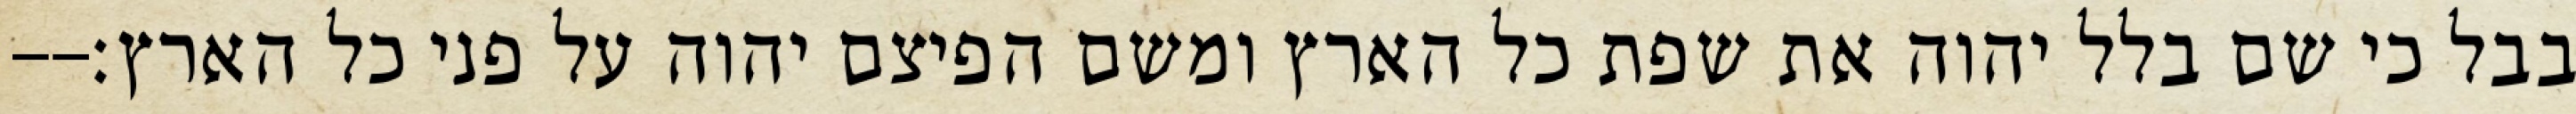
בבל כי שם בלל יהוה את שפת כל הארץ ומשם הפיצם יהוה על פני כל הארץ׃--